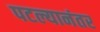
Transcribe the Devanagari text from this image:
पटल्यानंतर